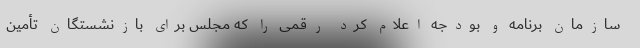
سازمان برنامه و بودجه اعلام کرد رقمی را که مجلس برای بازنشستگان تأمین